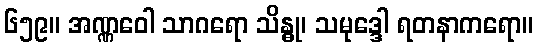
၆၅၉။ အဏ္ဏဝေါ သာဂရော သိန္ဓု၊ သမုဒ္ဒေါ ရတနာကရော။